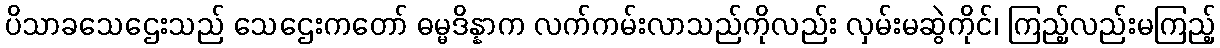
ပိသာခသေဌေးသည် သေဌေးကတော် ဓမ္မဒိန္နာက လက်ကမ်းလာသည်ကိုလည်း လှမ်းမဆွဲကိုင်၊ ကြည့်လည်းမကြည့်